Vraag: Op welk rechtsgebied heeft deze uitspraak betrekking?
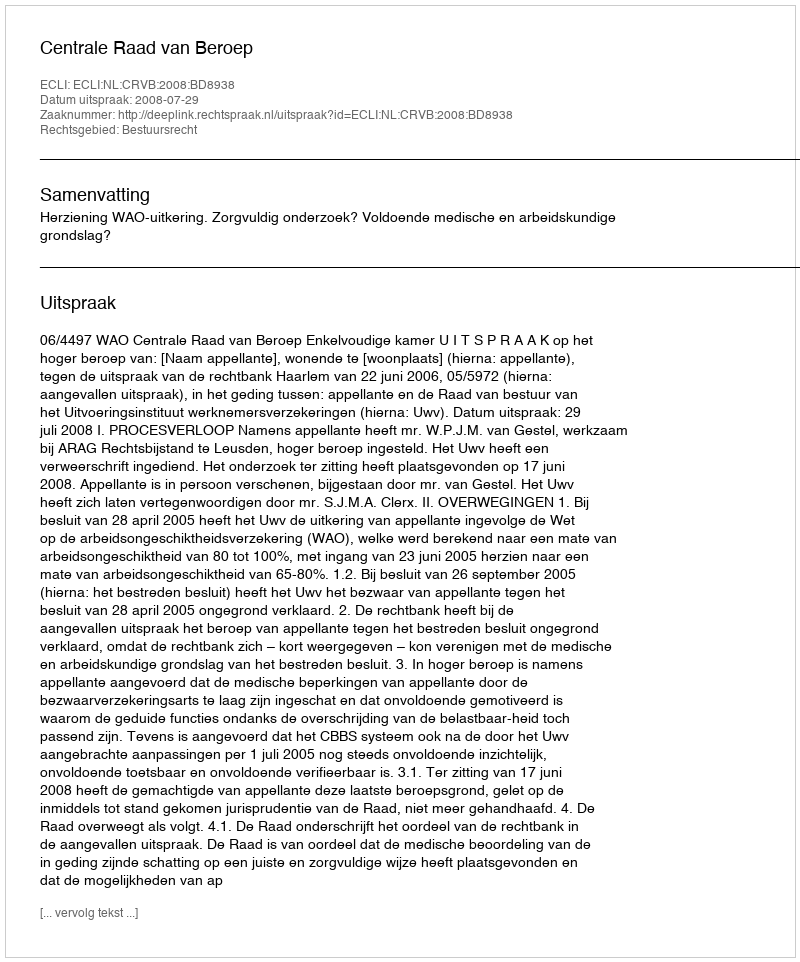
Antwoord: Bestuursrecht